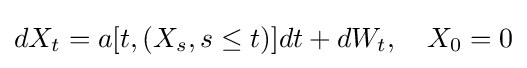
dX_{t}=a[t,(X_{s},s\leq t)]dt+dW_{t},\quad X_{0}=0